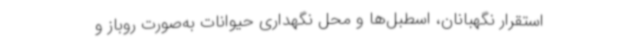
استقرار نگهبانان، اسطبل‌ها و محل نگهداری حیوانات به‌صورت روباز و